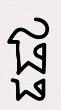
ផ្ផ